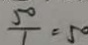
\frac { 5 0 } { 1 } = 5 0